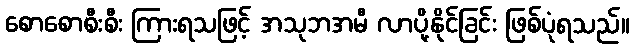
စောစောစီးစီး ကြားရသဖြင့် အသုဘအမီ လာပို့နိုင်ခြင်း ဖြစ်ပုံရသည်။